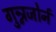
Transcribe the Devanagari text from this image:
गुन्नजोर्न